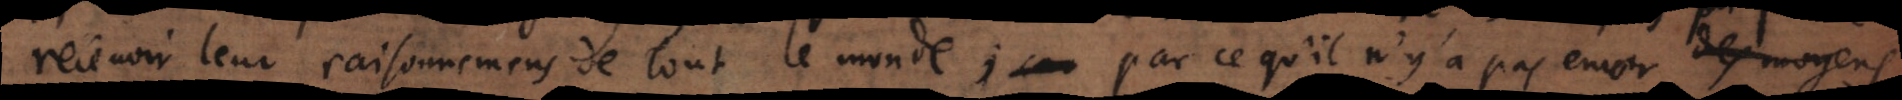
recevoir leur raisonnemens de tout le monde; par ce qu’il n’y a pas encor des moyens